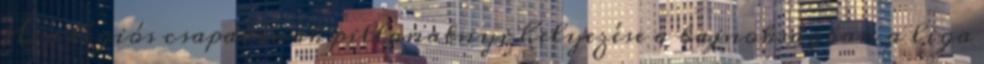
H=a légiós csapatának pillanatnyi helyezése a bajnokságban a liga